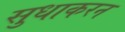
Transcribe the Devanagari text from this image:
सुधाकरन